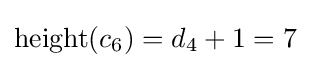
\operatorname {height} (c_{6})=d_{4}+1=7